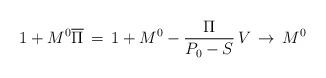
LaTeX: \begin{align*}1+M^0\overline\Pi\,=\,1+M^0-{\Pi\over P_0-S}\,V\,\to\,M^0\end{align*}